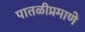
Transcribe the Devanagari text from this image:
पातळीप्रमाणे